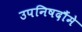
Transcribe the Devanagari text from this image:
उपनिषदौंमे